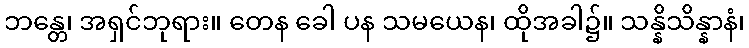
ဘန္တေ၊ အရှင်ဘုရား။ တေန ခေါ ပန သမယေန၊ ထိုအခါ၌။ သန္နိသိန္နာနံ၊